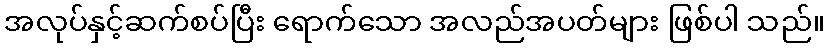
အလုပ်နှင့်ဆက်စပ်ပြီး ရောက်သော အလည်အပတ်များ ဖြစ်ပါ သည်။